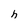
Character: h